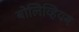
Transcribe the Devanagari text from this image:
बोलिव्हियन